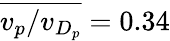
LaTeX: \overline{{v_{p}/v_{D_{p}}}}=0.34